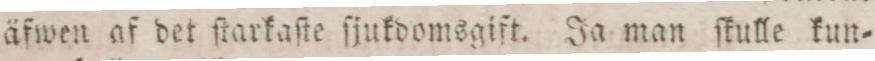
äfwen af det ſtarkaſte ſjukdomsgift. Ja man ſkulle kun=